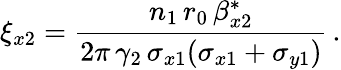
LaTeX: \xi_{x2}=\frac{n_{1}\, r_{0}\, \beta_{x2}^{*}}{2\pi\, \gamma_{2}\, \sigma_{x1}(\sigma_{x1}+\sigma_{y1})}\, .